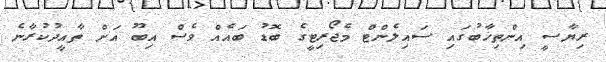
ރިޔާސީ އިންތިޚާބުގައި ސައިލެންޓް މެޖޯރިޓީގެ ބޮޑު ބައެއް ވެސް އިބޫ އަށް ތާއީދުކުރާނެ